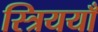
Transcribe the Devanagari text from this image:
स्त्रिययाँ